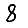
Digit: 8